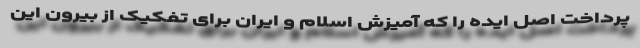
پرداخت اصل ایده را که آمیزش اسلام و ایران برای تفکیک از بیرون این